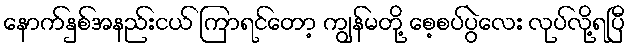
နောက်နှစ်အနည်းငယ် ကြာရင်တော့ ကျွန်မတို့ စေ့စပ်ပွဲလေး လုပ်လို့ရပြီ